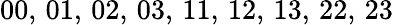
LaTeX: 00,\, 01,\, 02,\, 03,\, 11,\, 12,\, 13,\, 22,\, 23